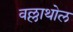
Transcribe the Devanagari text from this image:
वल्लाथोल